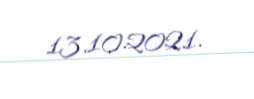
13.10.2021.